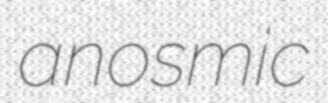
anosmic